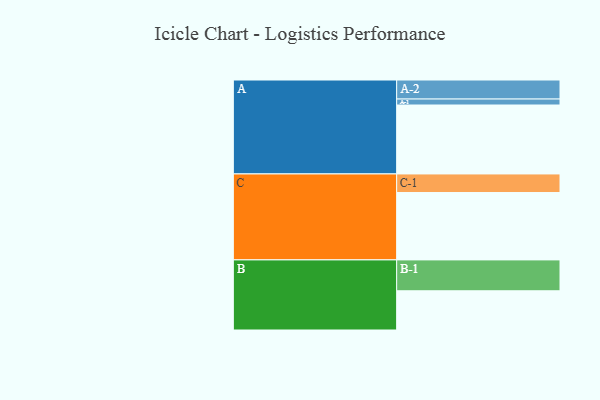
{"axis": {"x": "Segment", "y": "Value"}, "legend": ["", "A", "B", "C"], "data": [{"x": "A", "y": 587, "type": ""}, {"x": "B", "y": 334, "type": ""}, {"x": "C", "y": 574, "type": ""}, {"x": "A-1", "y": 51, "type": "A"}, {"x": "A-2", "y": 162, "type": "A"}, {"x": "B-1", "y": 263, "type": "B"}, {"x": "C-1", "y": 158, "type": "C"}]}